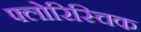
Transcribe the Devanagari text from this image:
फ्लोरिस्चिक